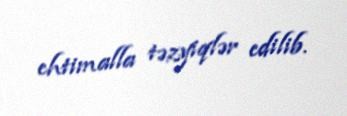
ehtimalla təzyiqlər edilib.